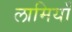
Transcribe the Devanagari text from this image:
लामियाँ